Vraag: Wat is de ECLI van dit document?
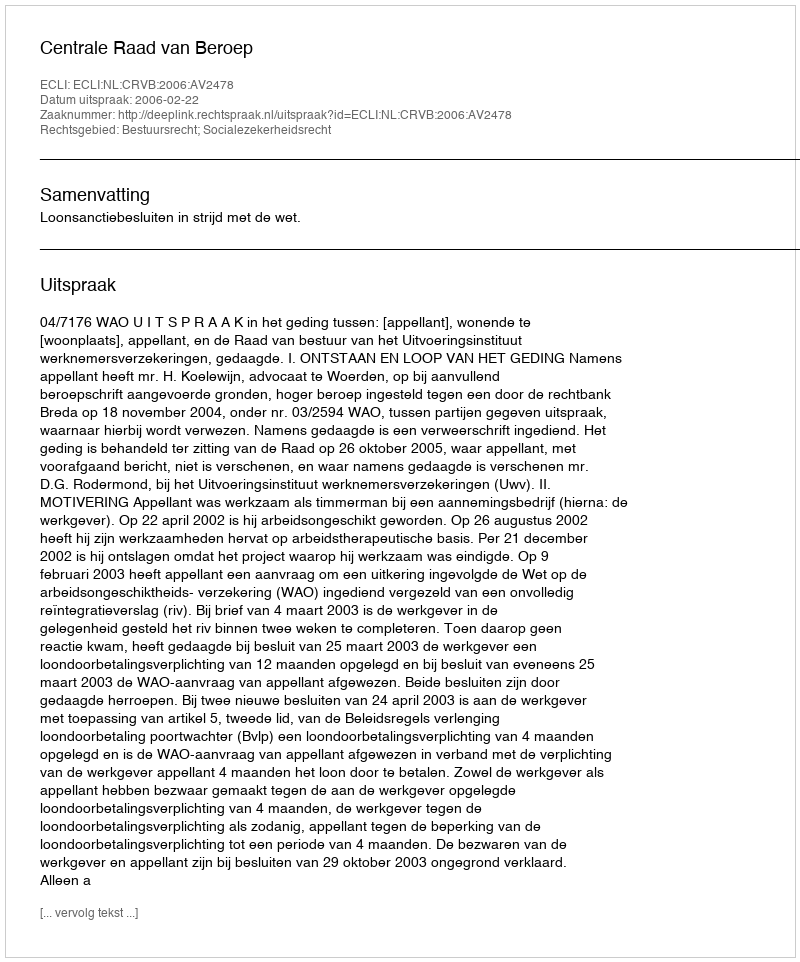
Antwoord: ECLI:NL:CRVB:2006:AV2478